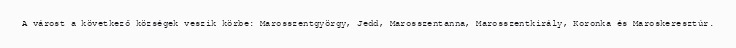
A várost a következő községek veszik körbe: Marosszentgyörgy, Jedd, Marosszentanna, Marosszentkirály, Koronka és Maroskeresztúr.